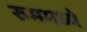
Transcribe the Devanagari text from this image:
रुममध्ये